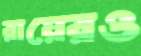
রায়েরও